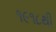
૧૯૧૮થી